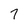
Character: 7